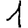
Digit: 1